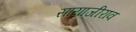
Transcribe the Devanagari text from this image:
सायाजीराव